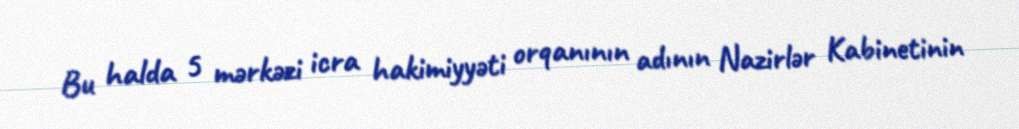
Bu halda 5 mərkəzi icra hakimiyyəti orqanının adının Nazirlər Kabinetinin